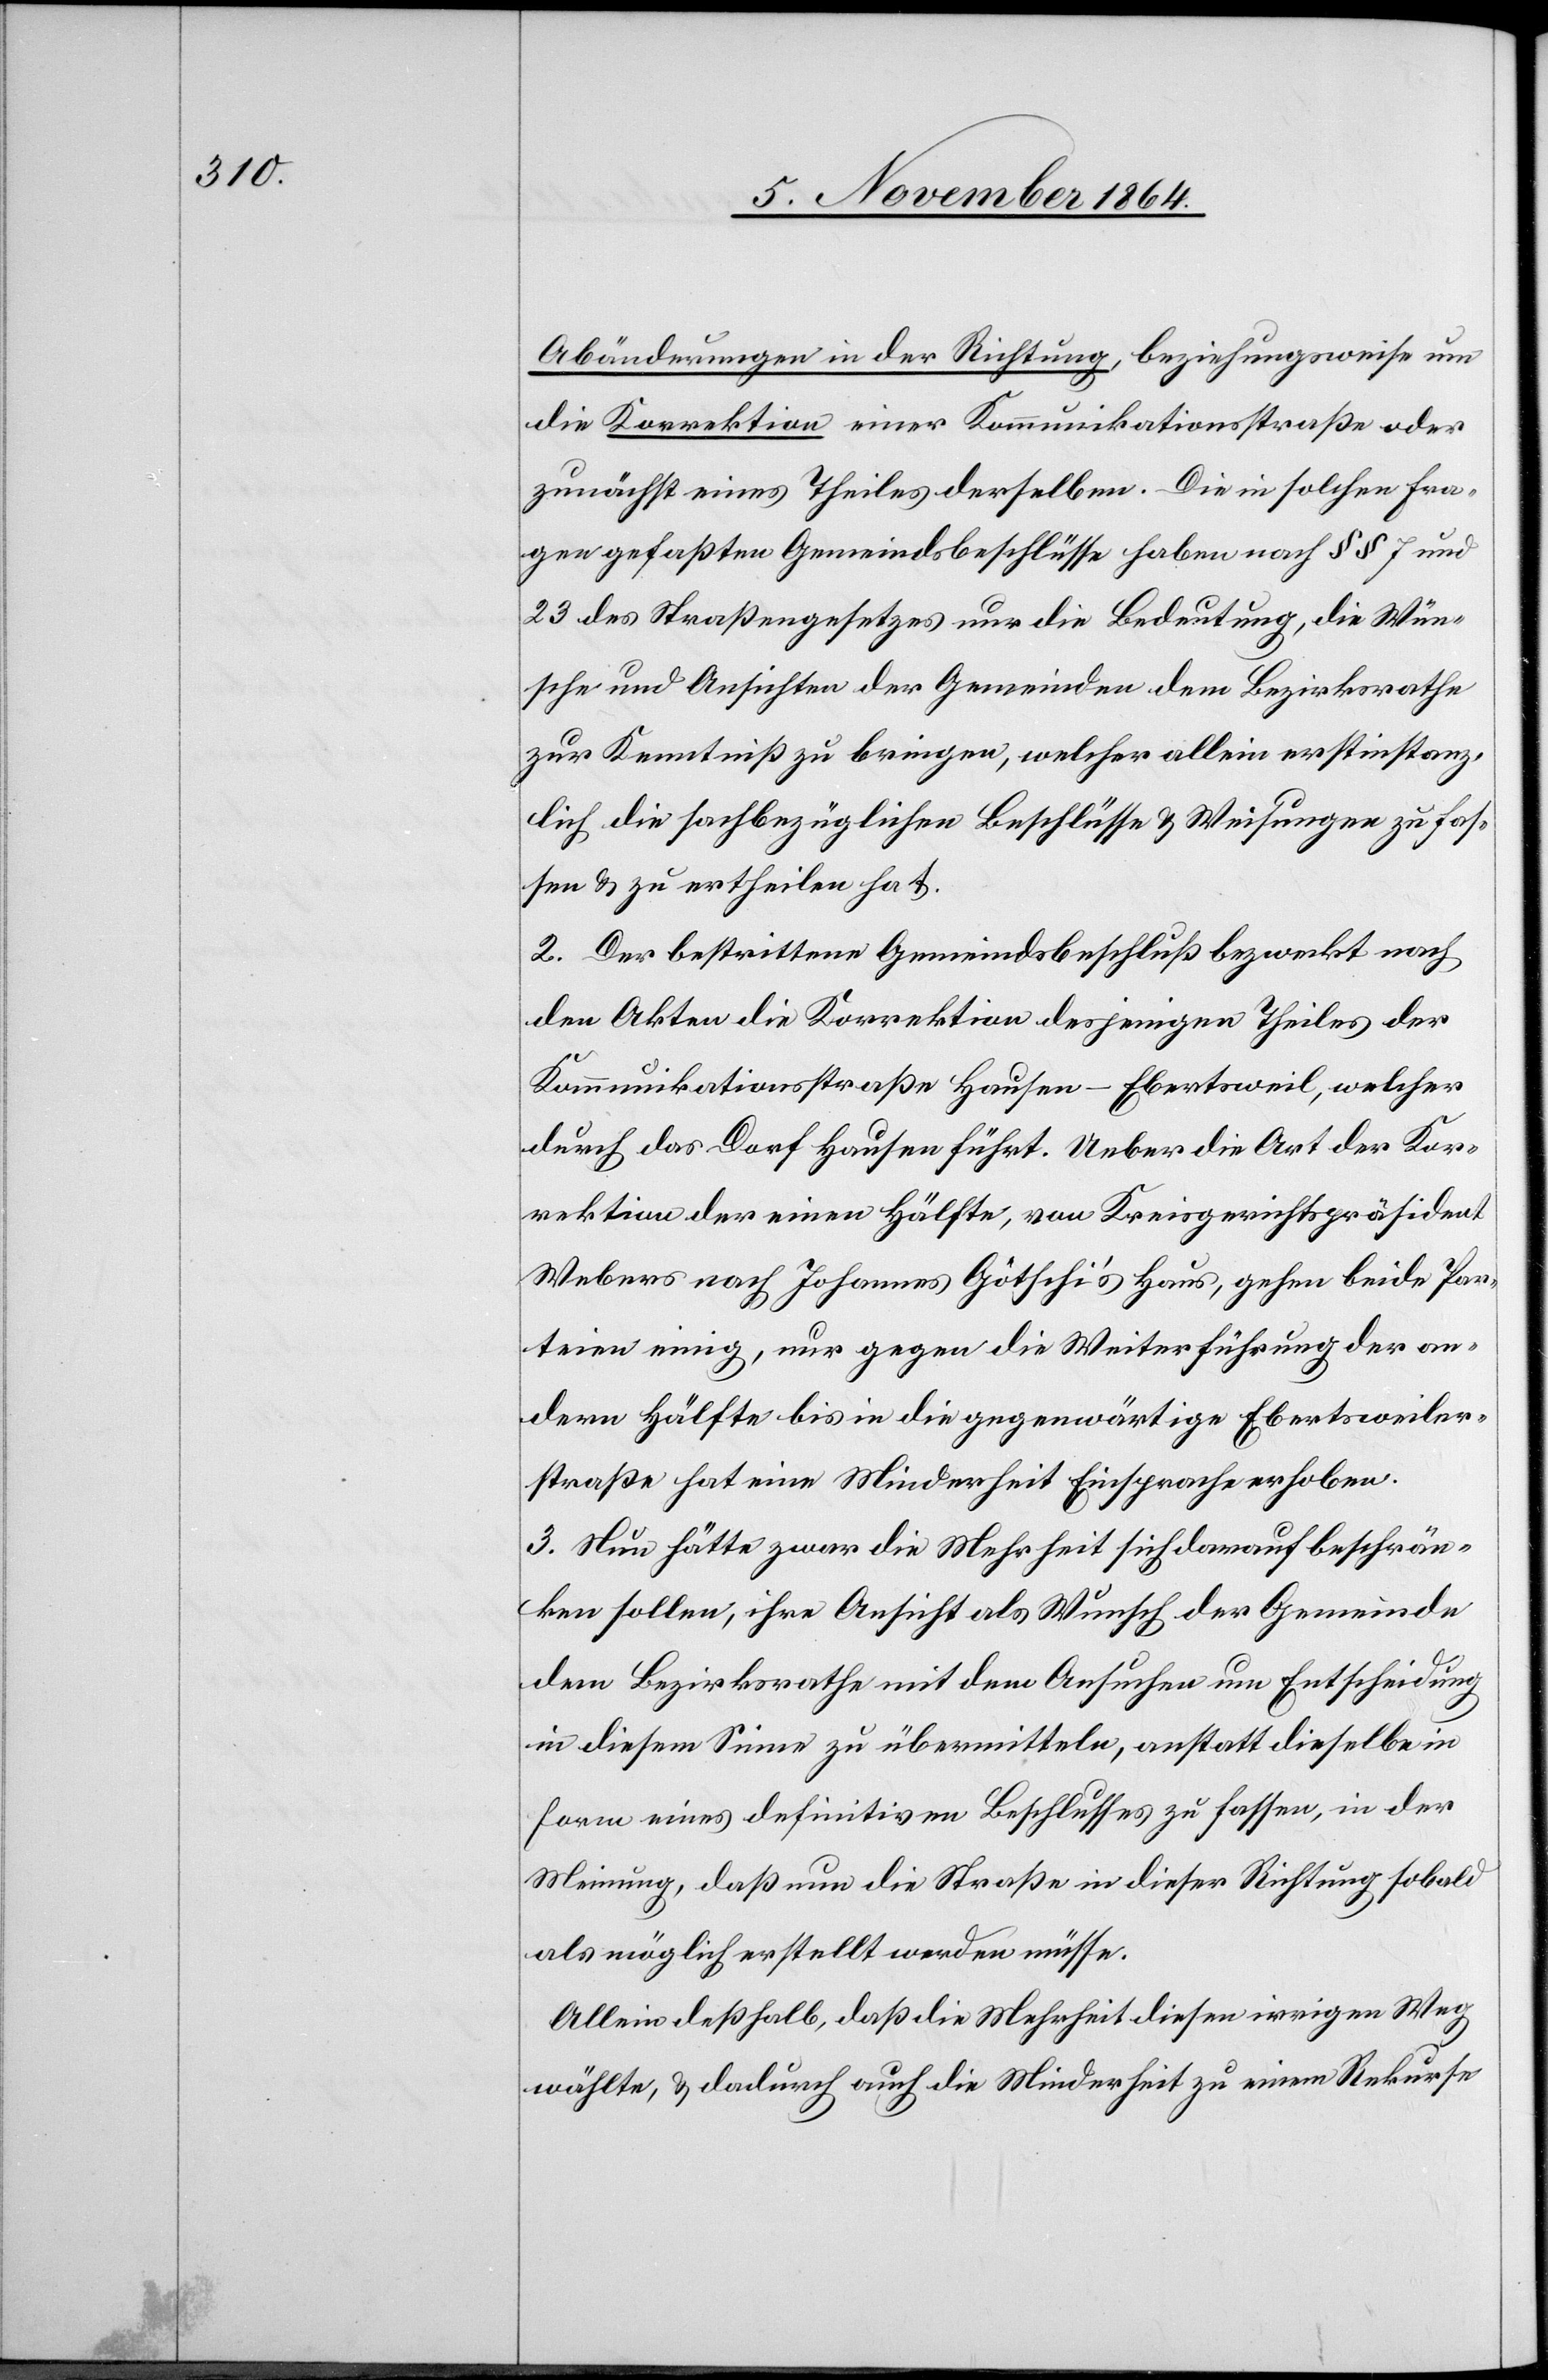
Abänderungen in der Richtung, beziehungsweise um
die Korrektion einer Kommunikationsstraße oder
zunächst eines Theiles derselben. Die in solchen Fra¬
gen gefaßten Gemeindsbeschlüsse haben nach §§ 7 und
23 des Straßengesetzes nur die Bedeutung, die Wün¬
sche und Ansichten der Gemeinde dem Bezirksrathe
zur Kenntniß zu bringen, welcher allein erstinstanz¬
lich die sachbezüglichen Beschlüsse & Weisungen zu fas¬
sen & zu ertheilen hat.
2. Der bestrittene Gemeindsbeschluß bezweckt nach
den Akten die Korrektion desjenigen Theiles der
Kommunikationsstraße Hausen–Ebertsweil, welcher
durch das Dorf Hausen führt. Ueber die Art der Kor¬
rektion der einen Hälfte, von Kreisgerichtspräsident
Webers nach Johannes Götschi’s Haus, gehen beide Par¬
teien einig, nur gegen die Weiterführung der an¬
dern Hälfte bis in die gegenwärtige Ebertsweiler¬
straße hat eine Minderheit Einsprache erhoben.
3. Nun hätte zwar die Mehrheit sich darauf beschrän¬
ken sollen, ihre Ansicht als Wunsch der Gemeinde
dem Bezirksrathe mit dem Ansuchen um Entscheidung
in diesem Sinne zu übermitteln, anstatt dieselbe in
Form eines definitiven Beschlusses zu fassen, in der
Meinung, daß nun die Straße in dieser Richtung sobald
als möglich erstellt werden müsse.
Allein deßhalb, daß die Mehrheit diesen irrigen Weg
wählte, & dadurch die Minderheit zu einem Rekurse